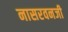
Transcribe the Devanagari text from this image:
नासरवनजी